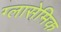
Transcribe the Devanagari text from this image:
ग्लासेमिक